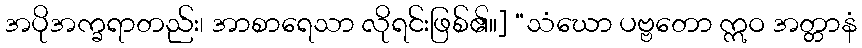
အပိုအက္ခရာတည်း၊ အာစာရေသာ လိုရင်းဖြစ်၏။] “သံဃော ပဗ္ဗတော ဣဝ အတ္တာနံ